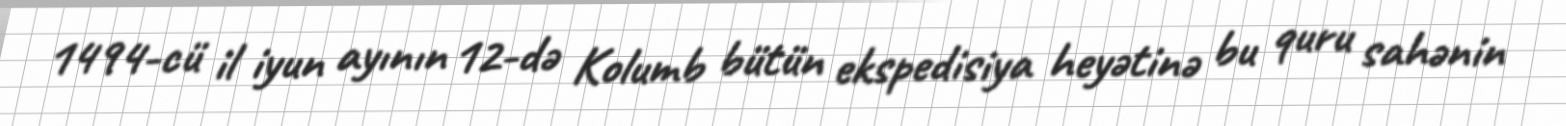
1494-cü il iyun ayının 12-də Kolumb bütün ekspedisiya heyətinə bu quru sahənin